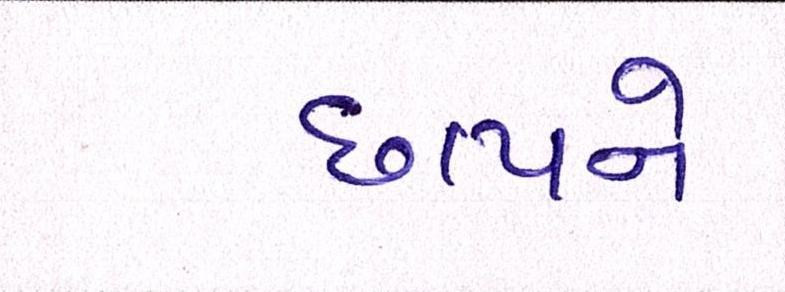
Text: છાપને